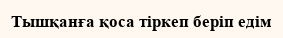
Тышқанға қоса тiркеп берiп едiм